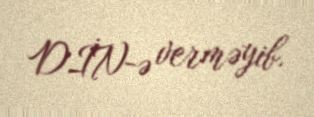
DİN-ə verməyib.